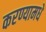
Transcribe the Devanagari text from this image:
करण्यामधे